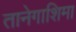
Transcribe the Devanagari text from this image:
तानेगाशिमा